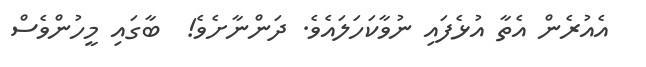
އެއުރެން އެތާ އުޅެފައި ނުވާކަހަލައެވެ. ދަންނާށެވެ!  ބާގައި މީހުންވެސް